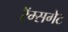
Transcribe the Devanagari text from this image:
रॅम्सगेट